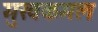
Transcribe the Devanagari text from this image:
मुखकमल